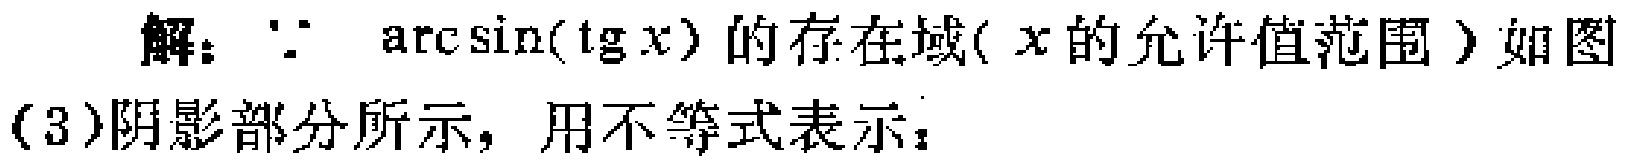
解：$\because\ \arcsin(\text{tg}\ x)$的存在域($x$的允许值范围)如图(3)阴影部分所示，用不等式表示：